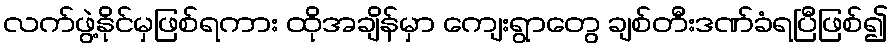
လက်ဖွဲ့နိုင်မှဖြစ်ရကား ထိုအချိန်မှာ ကျေးရွာတွေ ချစ်တီးဒဏ်ခံရပြီဖြစ်၍